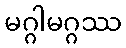
မဂ္ဂါမဂ္ဂဿ